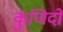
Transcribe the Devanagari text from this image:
कुणिदों